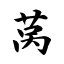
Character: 莴